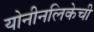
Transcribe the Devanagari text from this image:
योनीनलिकेची